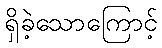
ရှိခဲ့သောကြောင့်